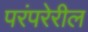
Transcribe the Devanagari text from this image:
परंपरेरील